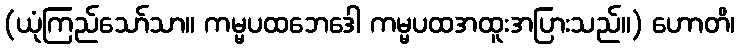
(ယုံကြည်သော်သာ။ ကမ္မပထဘေဒေါ ကမ္မပထအထူးအပြားသည်။) ဟောတိ၊